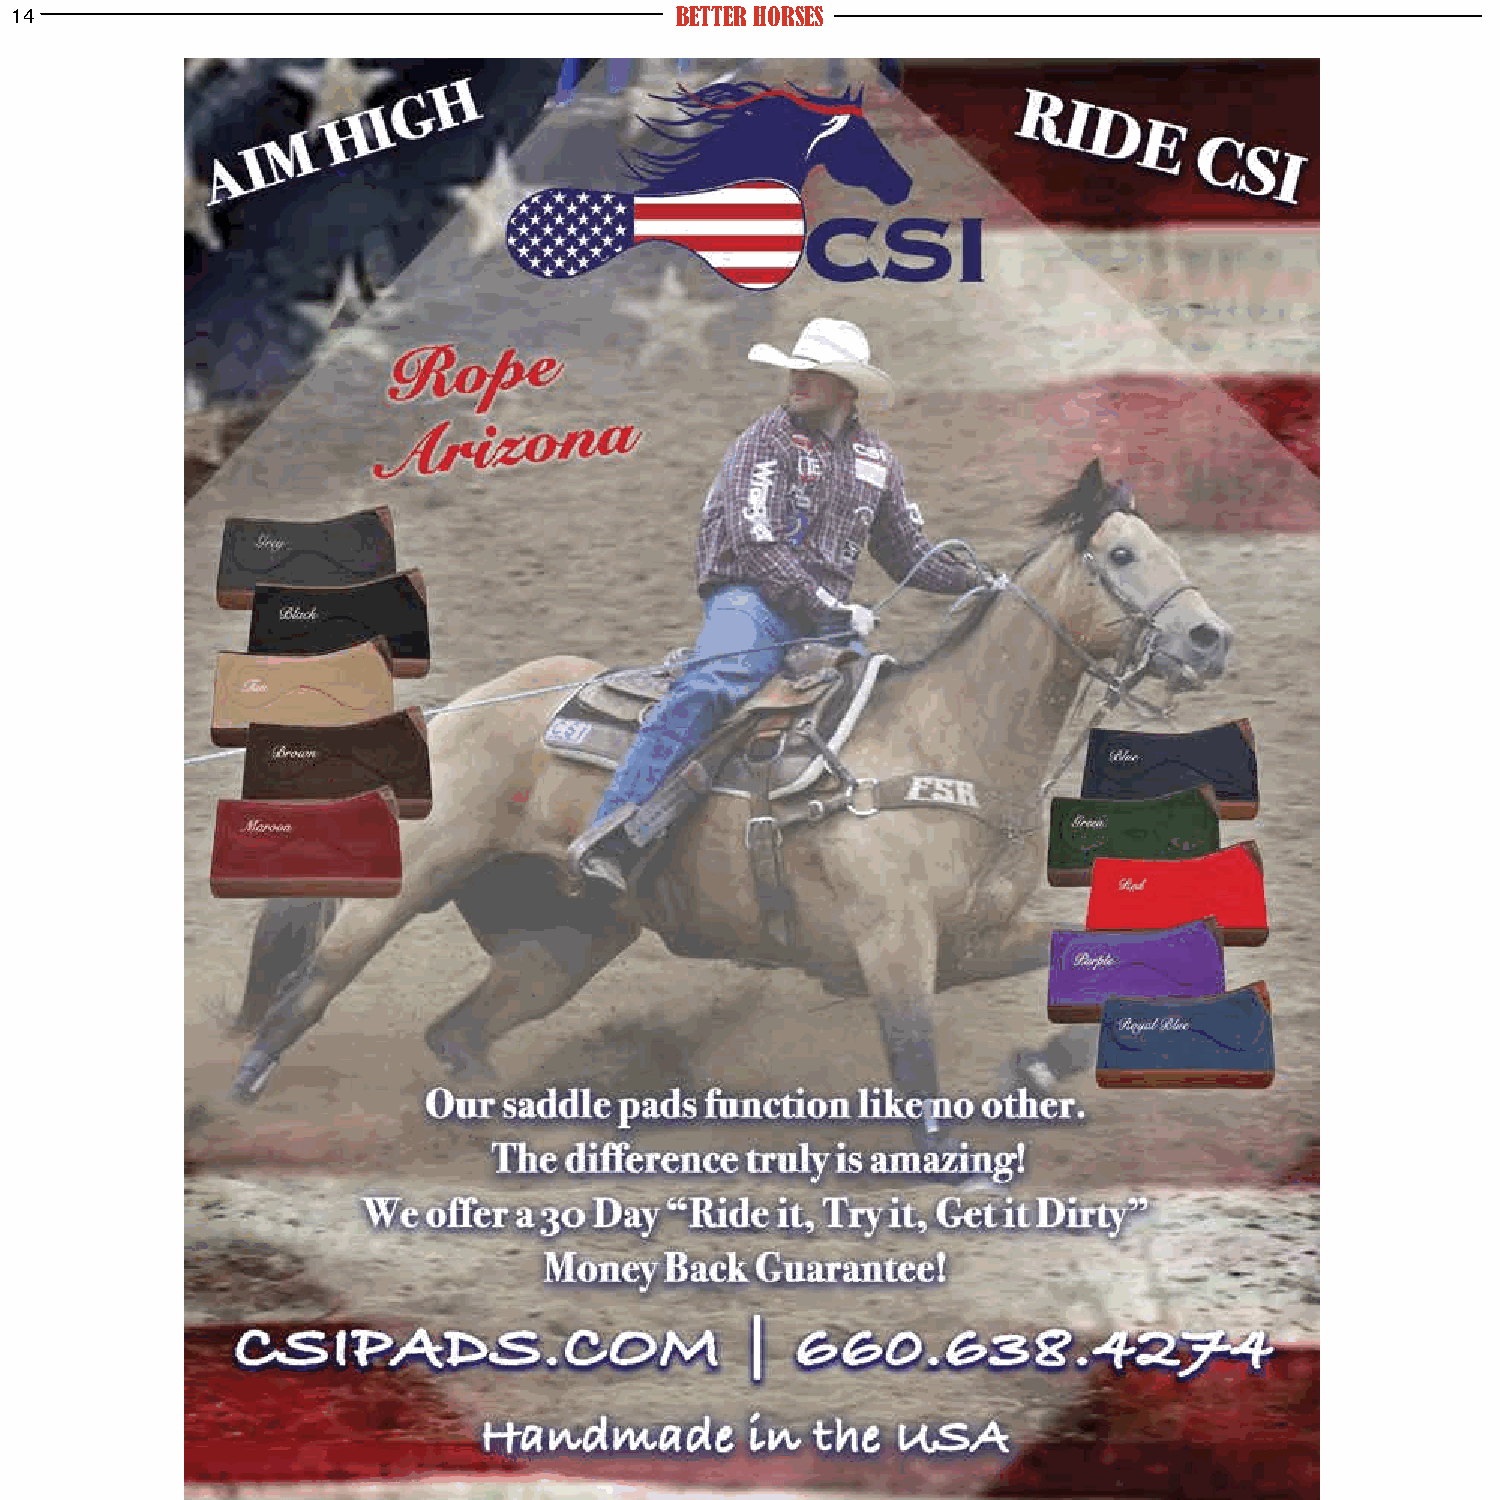
14                                          BETTER HORSES